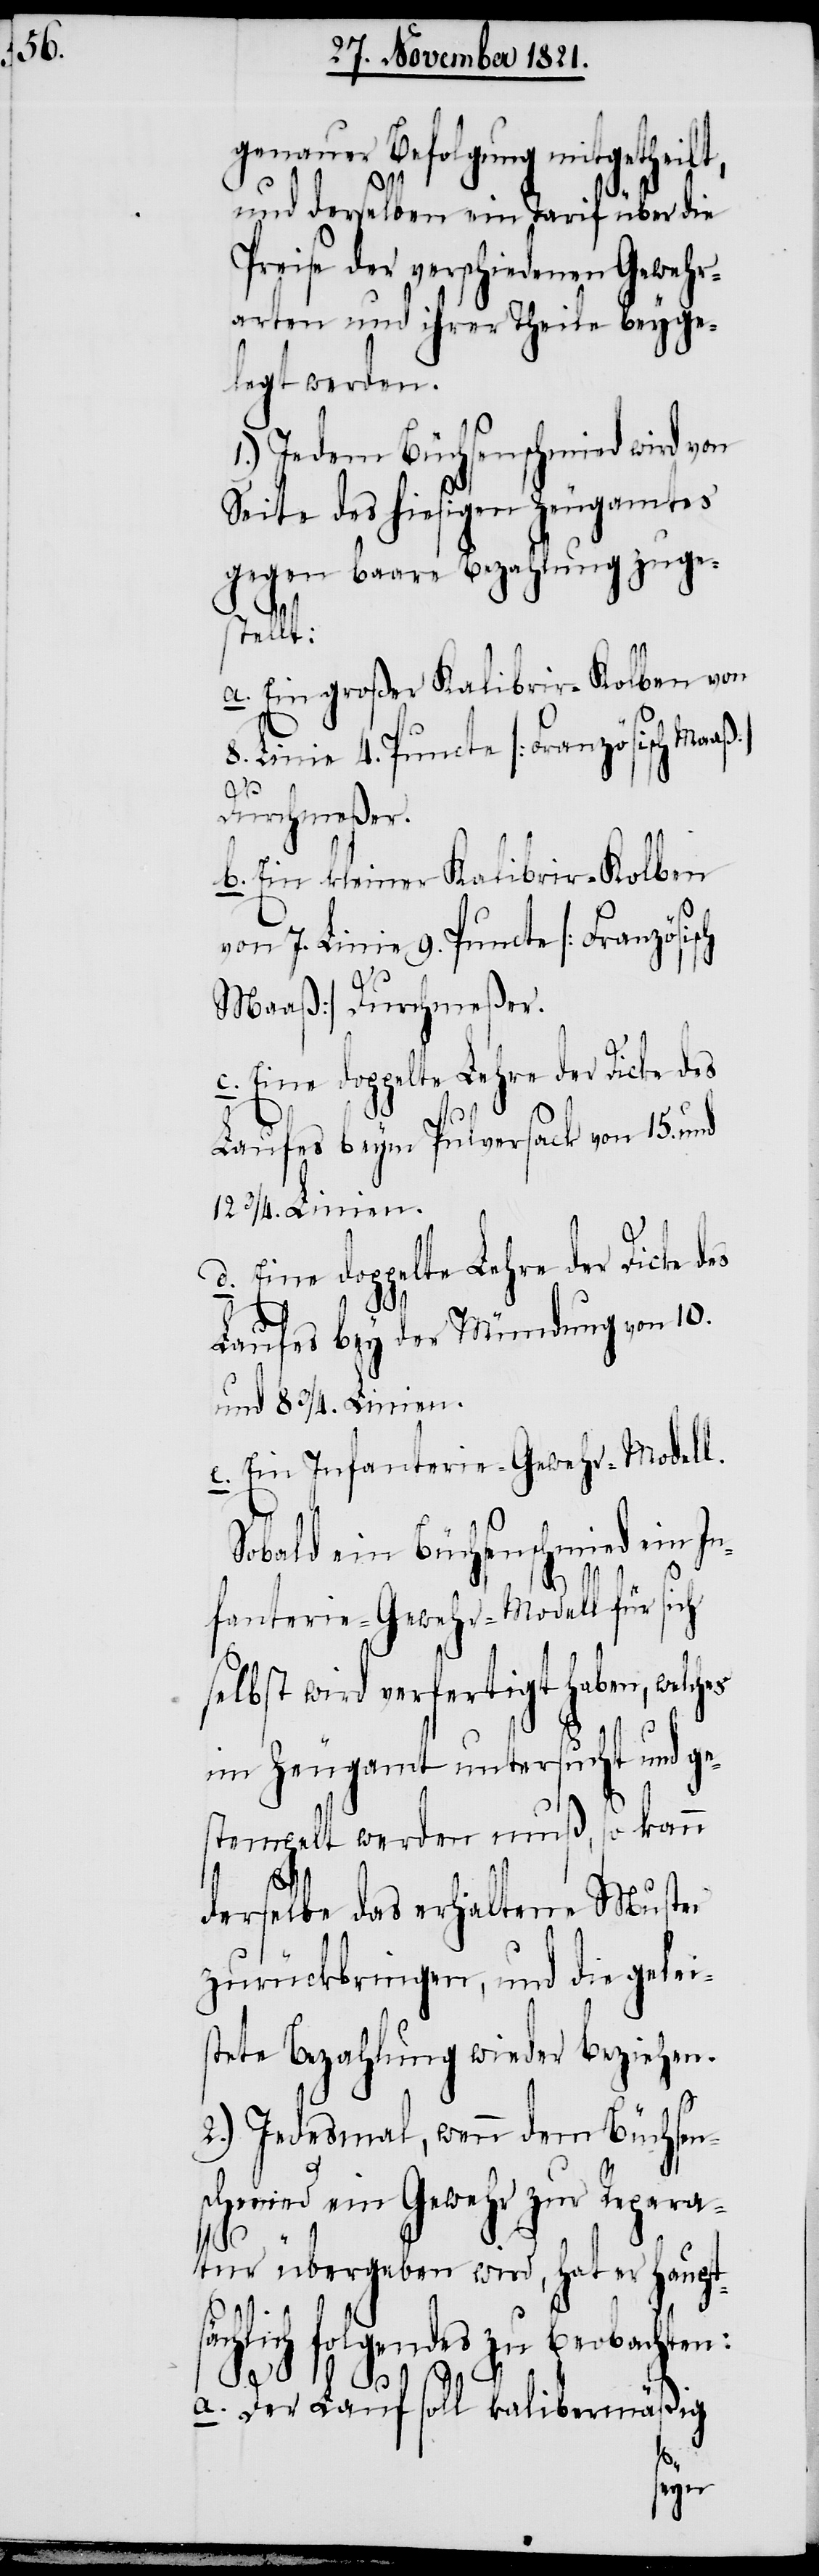
genauer Befolgung mitgetheilt,
und derselben ein Tarif über die
Preise der verschiedenen Gewehr¬
arten und ihrer Theile beyge¬
legt werden.
1.) Jedem Büchsenschmied wird von
Seite des hiesigen Zeugamtes
gegen baare Bezahlung zuge¬
stellt:
a. Ein großer Kalibrir-Kolben von
8. Linie 4. Puncte [Französisch
b. Ein kleiner Kalibrir-Kolben
von 7. Linie 9. Puncte [Französisch
Maaß] Durchmeßer.
d. Eine doppelte Lehre der Dicke des
es
Laufes beym Pulversack von 15. und
12 3/4 Linien.
Laufes bey der Mündung von 10.
und 8 3/4 Linien.
e. Ein Infanterie-Gewehr-Modell.
Sobald ein Büchsenschmied ein In¬
fanterie-Gewehr-Modell für sich
selbst wird verfertigt haben, welch¬
im Zeugamt untersucht und ge¬
stempelt werden muß, so kann
derselbe das erhaltene Muster
zurückbringen, und die geleis¬
tete Bezahlung wieder beziehen.
2.) Jedesmal, wenn dem Büchsen¬
schmied ein Gewehr zur Repara¬
tur übergeben wird, hat er haupt¬
sächlich folgendes zu beobachten:
a. Der Lauf soll kalibermäßig